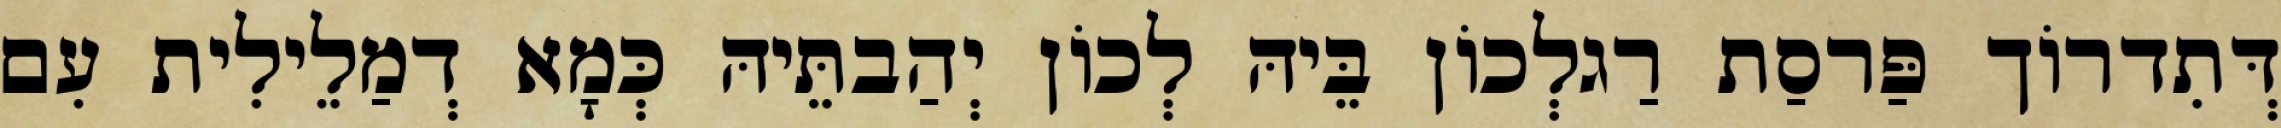
דְּתִדרוֹך פַּרסַת רַגלְכוֹן בֵּיהּ לְכוֹן יְהַבתֵּיהּ כְּמָא דְמַלֵילִית עִם